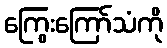
ကြွေးကြော်သံကို